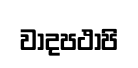
වාදපථාපි